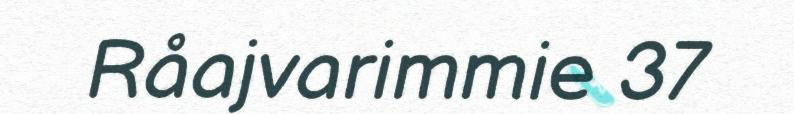
Råajvarimmie 37